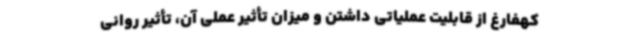
کهفارغ از قابلیت عملیاتی داشتن و میزان تأثیر عملی آن، تأثیر روانی